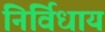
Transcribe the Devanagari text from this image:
निर्विधाय